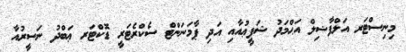
މިނިސްޓަރ އަލްފާޟިލް އަޙްމަދު ޝަފީޢުއާއި އަދި ޕާމަނަންޓް ސެކްރެޓަރީ ޑޮކްޓަރ ޢަބްދު ނަސީރުއާ